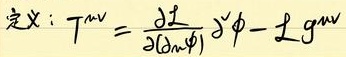
定义：$T^{\mu\nu}=\frac{\delta \mathcal{L}}{\delta(\partial_{\mu}\phi)}\partial^{\nu}\phi - \mathcal{L}g^{\mu\nu}$